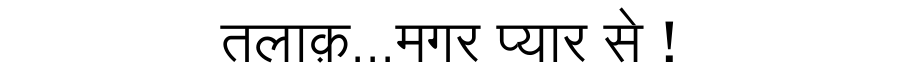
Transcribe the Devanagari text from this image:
तलाक़...मगर प्यार से !